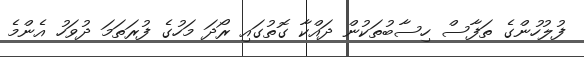
ފުލުހުންގެ ތަފާސް ހިސާބުތަކުން ދައްކާ ގޮތުގައި ރޯދަ މަހުގެ ފުރަތަމަ ދުވަހު އެންމެ